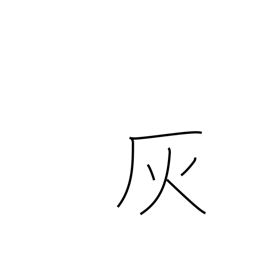
Meaning: puckery juice